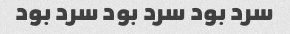
سرد بود سرد بود سرد بود